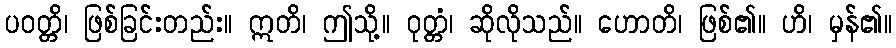
ပဝတ္တိ၊ ဖြစ်ခြင်းတည်း။ ဣတိ၊ ဤသို့။ ဝုတ္တံ၊ ဆိုလိုသည်။ ဟောတိ၊ ဖြစ်၏။ ဟိ၊ မှန်၏။